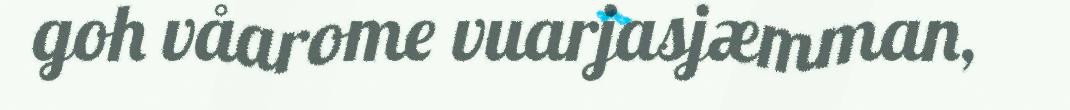
goh våarome vuarjasjæmman,